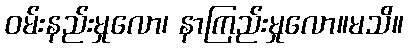
ဝမ်းနည်းမှုလော၊ နာကြည်းမှုလော။မသိ။